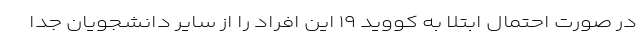
در صورت احتمال ابتلا به کووید ۱۹ این افراد را از سایر دانشجویان جدا